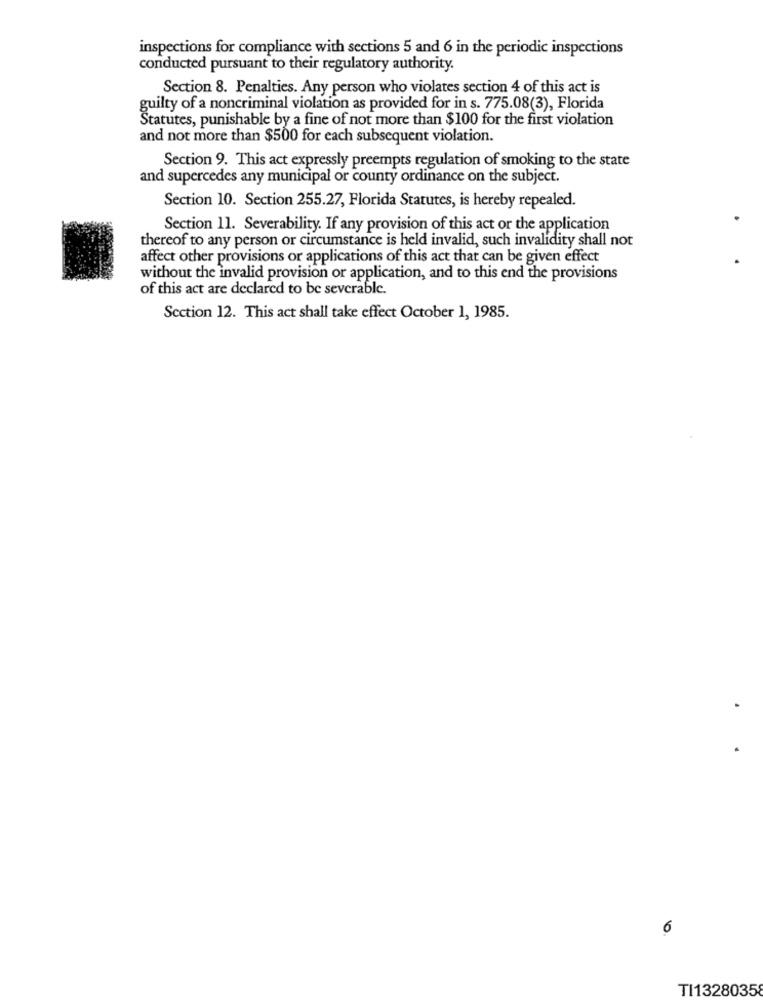
inspections for compliance with sections 5 and 6 in the periodic inspections
conducted pursuant to their regulatory authority.
Section 8. Penalties. Any person who violates section 4 of this act is
guilty of a noncriminal violation as provided for in s. 775.08(3), Florida
Statutes, punishable by a fine of not more than $100 for the first violation
and not more than $500 for each subsequent violation.
Section 9. This act expressly preempts regulation of smoking to the state
and supercedes any municipal or county ordinance on the subject.
Section 10. Section 255.27, Florida Statutes, is hereby repealed.
Section 11. Severability. If any provision of this act or the application
thereof to any person or circumstance is held invalid, such invalidity shall not
affect other provisions or applications of this act that can be given effect
without the invalid provision or application, and to this end the provisions
of this act are declared to be severable.
Section 12. This act shall take effect October 1, 1985.
6
TI13280358